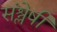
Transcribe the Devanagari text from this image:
संश्लेषी